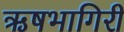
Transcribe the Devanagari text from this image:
ऋषभागिरी